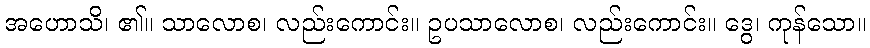
အဟောသိ၊ ၏။ သာလောစ၊ လည်းကောင်း။ ဥပသာလောစ၊ လည်းကောင်း။ ဒွေ၊ ကုန်သော။